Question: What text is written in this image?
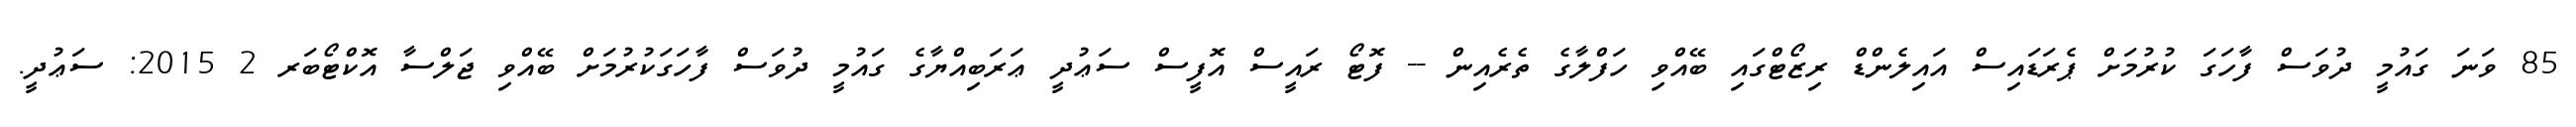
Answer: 85 ވަނަ ގައުމީ ދުވަސް ފާހަގަ ކުރުމަށް ޕެރަޑައިސް އައިލެންޑް ރިޒޯޓްގައި ބޭއްވި ހަފްލާގެ ތެރެއިން -- ފޮޓޯ ރައީސް އޮފީސް ސަޢުދީ ޢަރަބިއްޔާގެ ގައުމީ ދުވަސް ފާހަގަކުރުމަށް ބޭއްވި ޖަލްސާ އޮކްޓޯބަރ 2 2015: ސަޢުދީ.